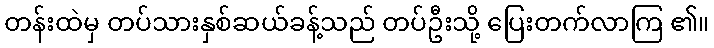
တန်းထဲမှ တပ်သားနှစ်ဆယ်ခန့်သည် တပ်ဦးသို့ ပြေးတက်လာကြ ၏။